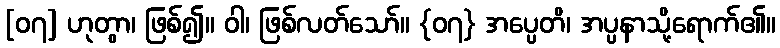
[၀၇] ဟုတွာ၊ ဖြစ်၍။ ဝါ၊ ဖြစ်လတ်သော်။ {၀၇} အပ္ပေတိ၊ အပ္ပနာသို့ရောက်၏။